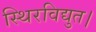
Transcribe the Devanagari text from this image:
स्थिरविद्युत।